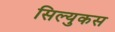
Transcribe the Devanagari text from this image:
सिल्युकस